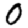
Digit: 0